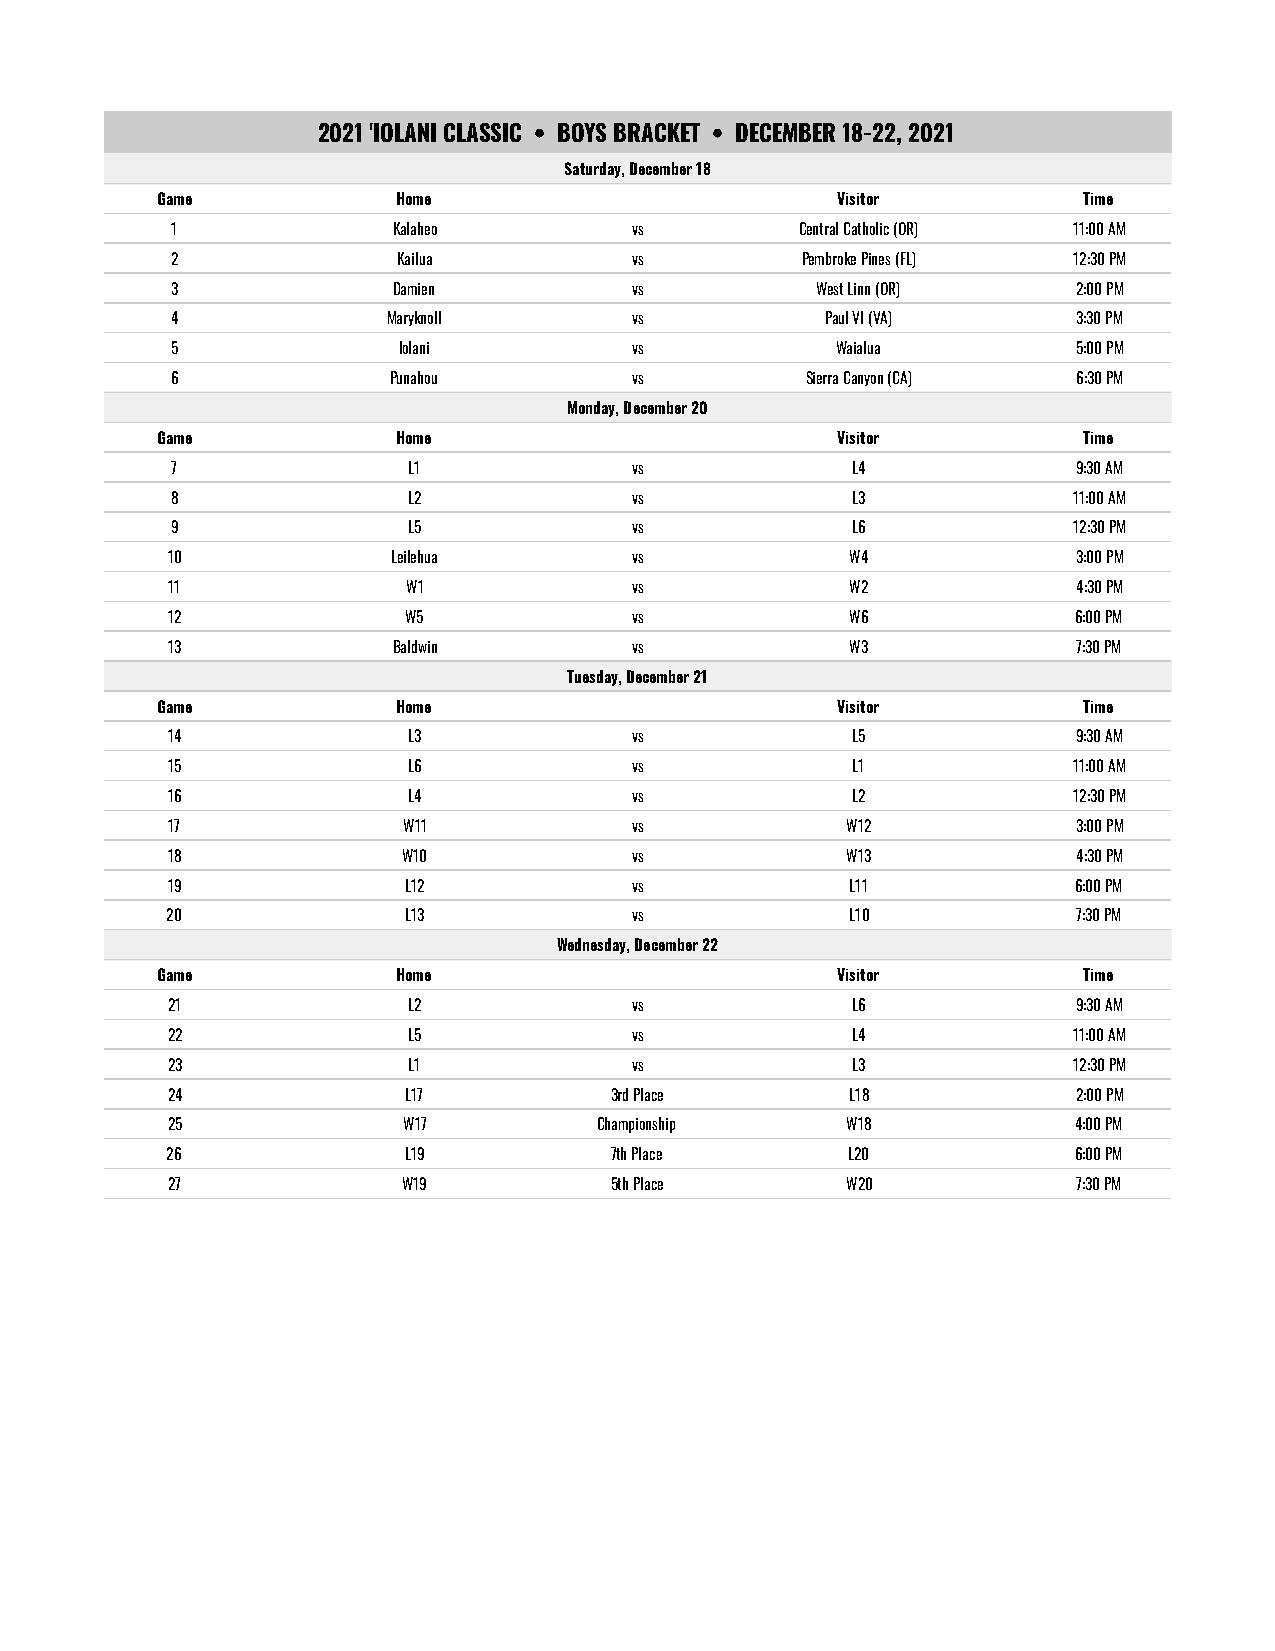
2021 'IOLANI CLASSIC • BOYS BRACKET • DECEMBER 18-22, 2021
 Saturday, December 18
 Game            Home                         Visitor          Time
 1              Kalaheo         vs         Central Catholic (OR) 11:00 AM
 2              Kailua          vs         Pembroke Pines (FL) 12:30 PM
 3              Damien          vs          West Linn (OR)   2:00 PM
 4              Maryknoll       vs           Paul VI (VA)    3:30 PM
 5              Iolani          vs           Waialua         5:00 PM
 6              Punahou         vs         Sierra Canyon (CA) 6:30 PM
 Monday, December 20
 Game            Home                         Visitor          Time
 7               L1             vs            L4             9:30 AM
 8               L2             vs            L3             11:00 AM
 9               L5             vs            L6             12:30 PM
 10             Leilehua        vs            W4             3:00 PM
 11              W1             vs            W2             4:30 PM
 12              W5             vs            W6             6:00 PM
 13             Baldwin         vs            W3             7:30 PM
 Tuesday, December 21
 Game            Home                         Visitor          Time
 14              L3             vs            L5             9:30 AM
 15              L6             vs            L1             11:00 AM
 16              L4             vs            L2             12:30 PM
 17              W11            vs            W12            3:00 PM
 18              W10            vs            W13            4:30 PM
 19              L12            vs            L11            6:00 PM
 20              L13            vs            L10            7:30 PM
 Wednesday, December 22
 Game            Home                         Visitor          Time
 21              L2             vs            L6             9:30 AM
 22              L5             vs            L4             11:00 AM
 23              L1             vs            L3             12:30 PM
 24              L17          3rd Place       L18            2:00 PM
 25              W17          Championship    W18            4:00 PM
 26              L19          7th Place       L20            6:00 PM
 27              W19          5th Place       W20            7:30 PM